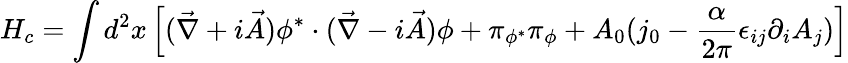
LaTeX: H_{c}=\int d^{2}x\left[({\vec{\nabla}}+i{\vec{A}})\phi^{*}\cdot({\vec{\nabla}}-i{\vec{A}})\phi+\pi_{\phi^{*}}\pi_{\phi}+A_{0}(j_{0}-\frac{\alpha}{2\pi}\epsilon_{ij}\partial_{i}A_{j})\right]